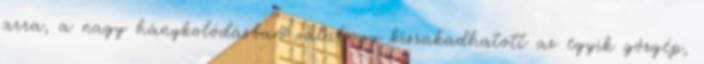
arra, a nagy hánykolódásban valahogy kiszakadhatott az egyik gőzgép,